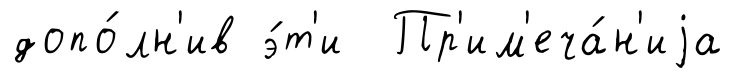
допо́лн'ив э́т'и Пр'им'еча́н'иjа